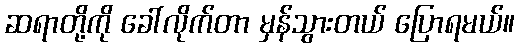
ဆရာတို့ကို ခေါ်လိုက်တာ မှန်သွားတယ် ပြောရမယ်။